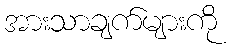
အားသာချက်များကို